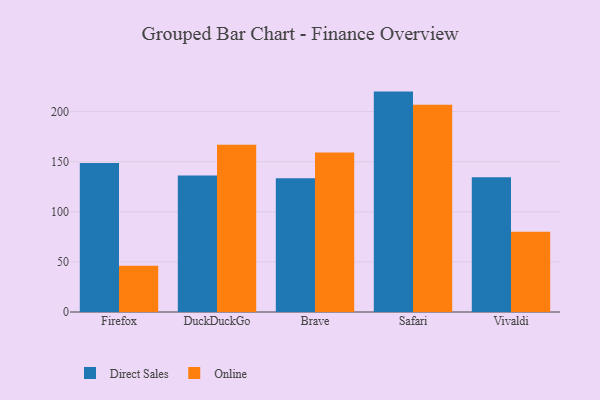
{"axis": {"x": "Browser", "y": "Tickets Resolved"}, "legend": ["Direct Sales", "Online"], "data": [{"x": "Firefox", "y": 148.7, "type": "Direct Sales"}, {"x": "Firefox", "y": 46.1, "type": "Online"}, {"x": "DuckDuckGo", "y": 136.2, "type": "Direct Sales"}, {"x": "DuckDuckGo", "y": 166.9, "type": "Online"}, {"x": "Brave", "y": 133.6, "type": "Direct Sales"}, {"x": "Brave", "y": 159.3, "type": "Online"}, {"x": "Safari", "y": 220.0, "type": "Direct Sales"}, {"x": "Safari", "y": 206.8, "type": "Online"}, {"x": "Vivaldi", "y": 134.5, "type": "Direct Sales"}, {"x": "Vivaldi", "y": 80.1, "type": "Online"}]}